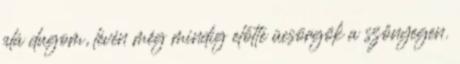
alá dugom, lévén még mindig előtte ücsörgök a szőnyegen.